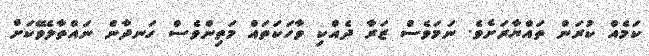
ކަމެއް ކުރަން ތައްޔާރަށެވެ. ނަމަވެސް ޒަރާ ދެއްކި ވާހަކަތައް މަތިންވެސް ހަނދާން ނައްތާލެވޭކަށް